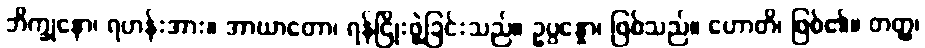
ဘိက္ခုနော၊ ရဟန်းအား။ အာဃာတော၊ ရန်ငြိုးဖွဲ့ခြင်းသည်။ ဥပ္ပန္နော၊ ဖြစ်သည်။ ဟောတိ၊ ဖြစ်၏။ တတ္ထ၊